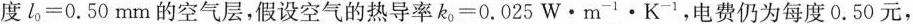
度$$l _ { 0 } = 0 . 5 0 m m$$的空气层，假设空气的热导率$$k _ { 0 } = 0. 0 2 5 W · m ^ { - 1 } · K ^ { - 1 }$$，电费仍为每度0.50元，